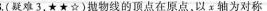
8.(疑难3，★★☆)抛物线的顶点在原点，以x轴为对称